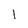
Character: 1